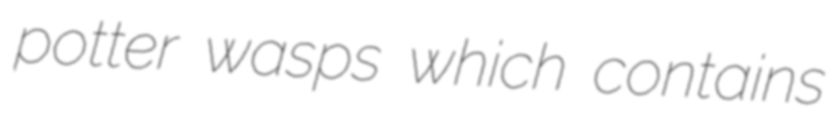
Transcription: potter wasps which contains